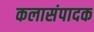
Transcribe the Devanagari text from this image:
कलासंपादक